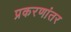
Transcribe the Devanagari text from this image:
प्रकरणांतर